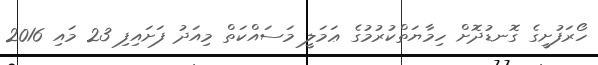
ހޯރަފުށީގެ ގޮނޑުދޮށް ހިމާޔަތްކުރުމުގެ ޢަމަލީ މަސައްކަތް މިއަދު ފަށައިފި 23 މައި 2016